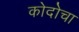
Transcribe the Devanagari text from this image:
कोदोचा